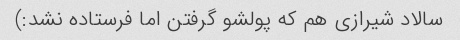
سالاد شیرازی هم که پولشو گرفتن اما فرستاده نشد:)